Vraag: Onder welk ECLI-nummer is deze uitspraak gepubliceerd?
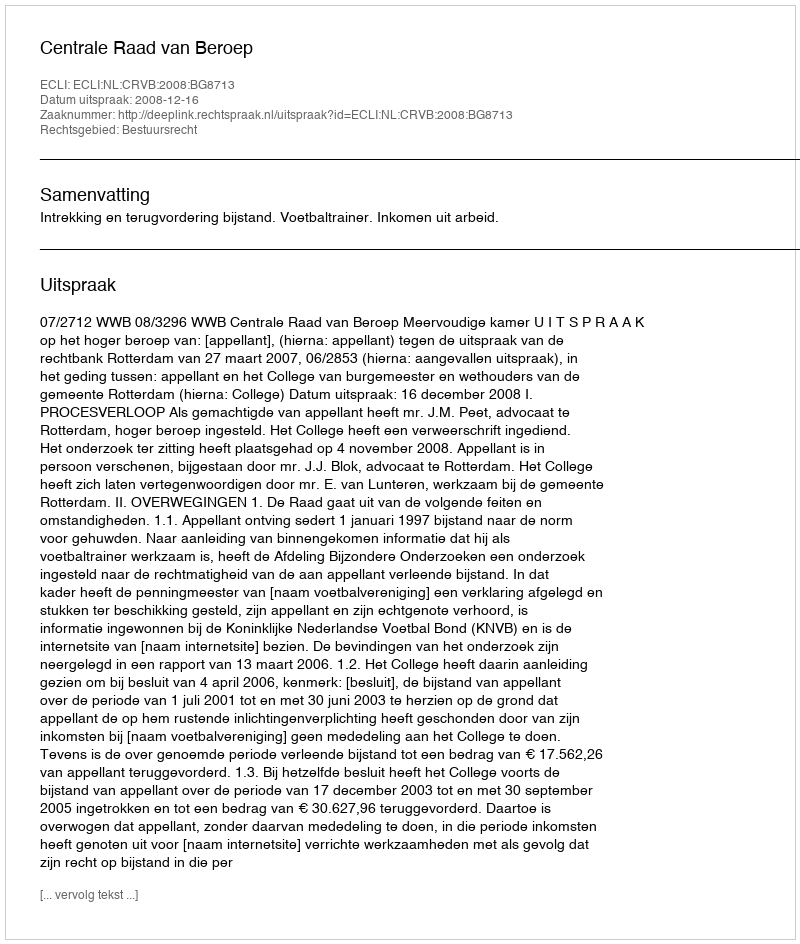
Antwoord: ECLI:NL:CRVB:2008:BG8713